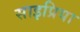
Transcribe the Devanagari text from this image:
साइप्रिया